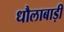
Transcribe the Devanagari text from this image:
धौलाबाड़ी